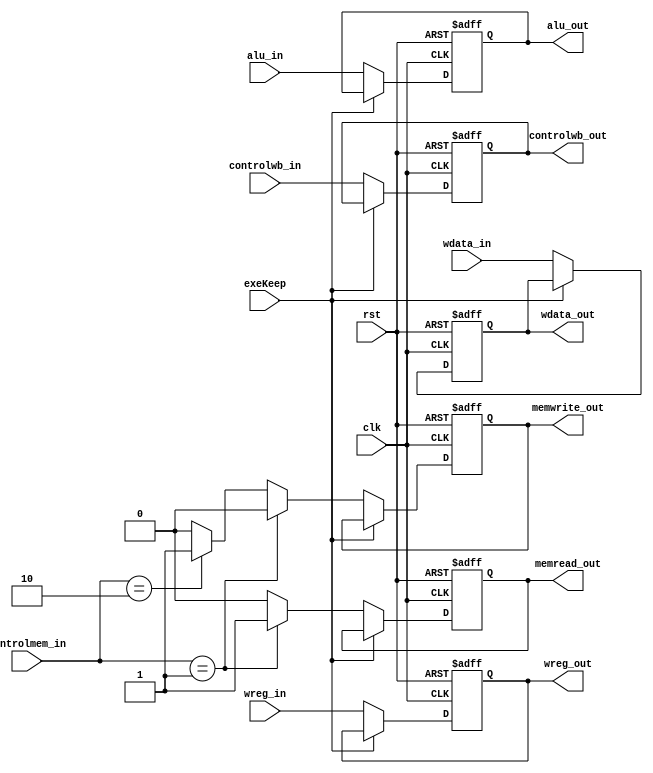
`timescale 1ns / 1ps
//////////////////////////////////////////////////////////////////////////////////
// Company: 
// Engineer: 
// 
// Design Name: 
// Module Name:    exe_mem 
// Project Name: 
// Target Devices: 
// Tool versions: 
// Description: 
//
// Dependencies: 
//
// Revision: 
// Revision 0.01 - File Created
// Additional Comments: 
//
//////////////////////////////////////////////////////////////////////////////////
module exe_mem(
input rst,
	 input clk,
	 input [1:0] controlmem_in,
	 input controlwb_in,
	 input [15:0] alu_in,
	 input [15:0] wdata_in,
	 input [3:0] wreg_in,
	 input exeKeep,
	 output reg memwrite_out,
	 output reg memread_out,
	 output reg controlwb_out,
	 output reg [15:0] alu_out,
	 output reg [15:0] wdata_out,
	 output reg [3:0] wreg_out
    );

always @ (negedge rst or negedge clk) begin
if (rst == 0) begin
	memwrite_out <= 0;
	memread_out <= 0;
	wreg_out <= 4'b1111;
	alu_out <= 16'b0;
	controlwb_out <= 1;
	wdata_out <= 16'b0000000000000000;
end 
else if (exeKeep == 1) begin
	
end
else begin
	if (controlmem_in == 2'b01) begin
		memwrite_out <= 0;
		memread_out <= 1;
	end
	else if (controlmem_in == 2'b10) begin
		memwrite_out <= 1;
		memread_out <= 0;
	end
	else 
	begin
		memwrite_out <= 0;
		memread_out <= 0;
	end
	controlwb_out <= controlwb_in;
	alu_out <= alu_in;
	wdata_out <= wdata_in;
	wreg_out <= wreg_in;
	end
end

endmodule